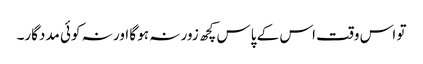
تو اس وقت اس کے پاس کچھ زور نہ ہو گا اور نہ کوئی مددگار۔